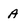
Character: a